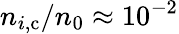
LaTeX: n_{i,\mathrm{c}}/n_{0}\approx 10^{-2}